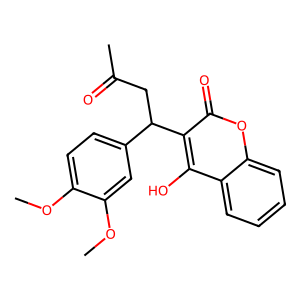
SMILES: COc1ccc(C(CC(C)=O)c2c(O)c3ccccc3oc2=O)cc1OC
Inhibits HIV replication: No